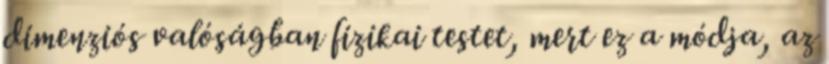
dimenziós valóságban fizikai testet, mert ez a módja, az